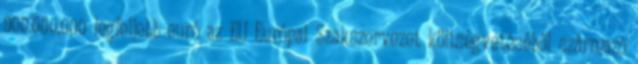
900.000.000 legfeljebb euró az EU Európai Szakszervezet költségvetéséből származó